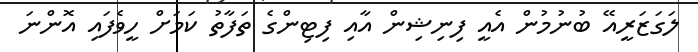
ލަގަޒަރީއޭ ބުނުމުން އެއީ ފިނިޝިން އާއި ފިޓިންގެ ތަފާތު ކަމަށް ހީވެފައި އޮންނަ